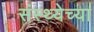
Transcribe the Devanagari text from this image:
संस्थ्येच्या